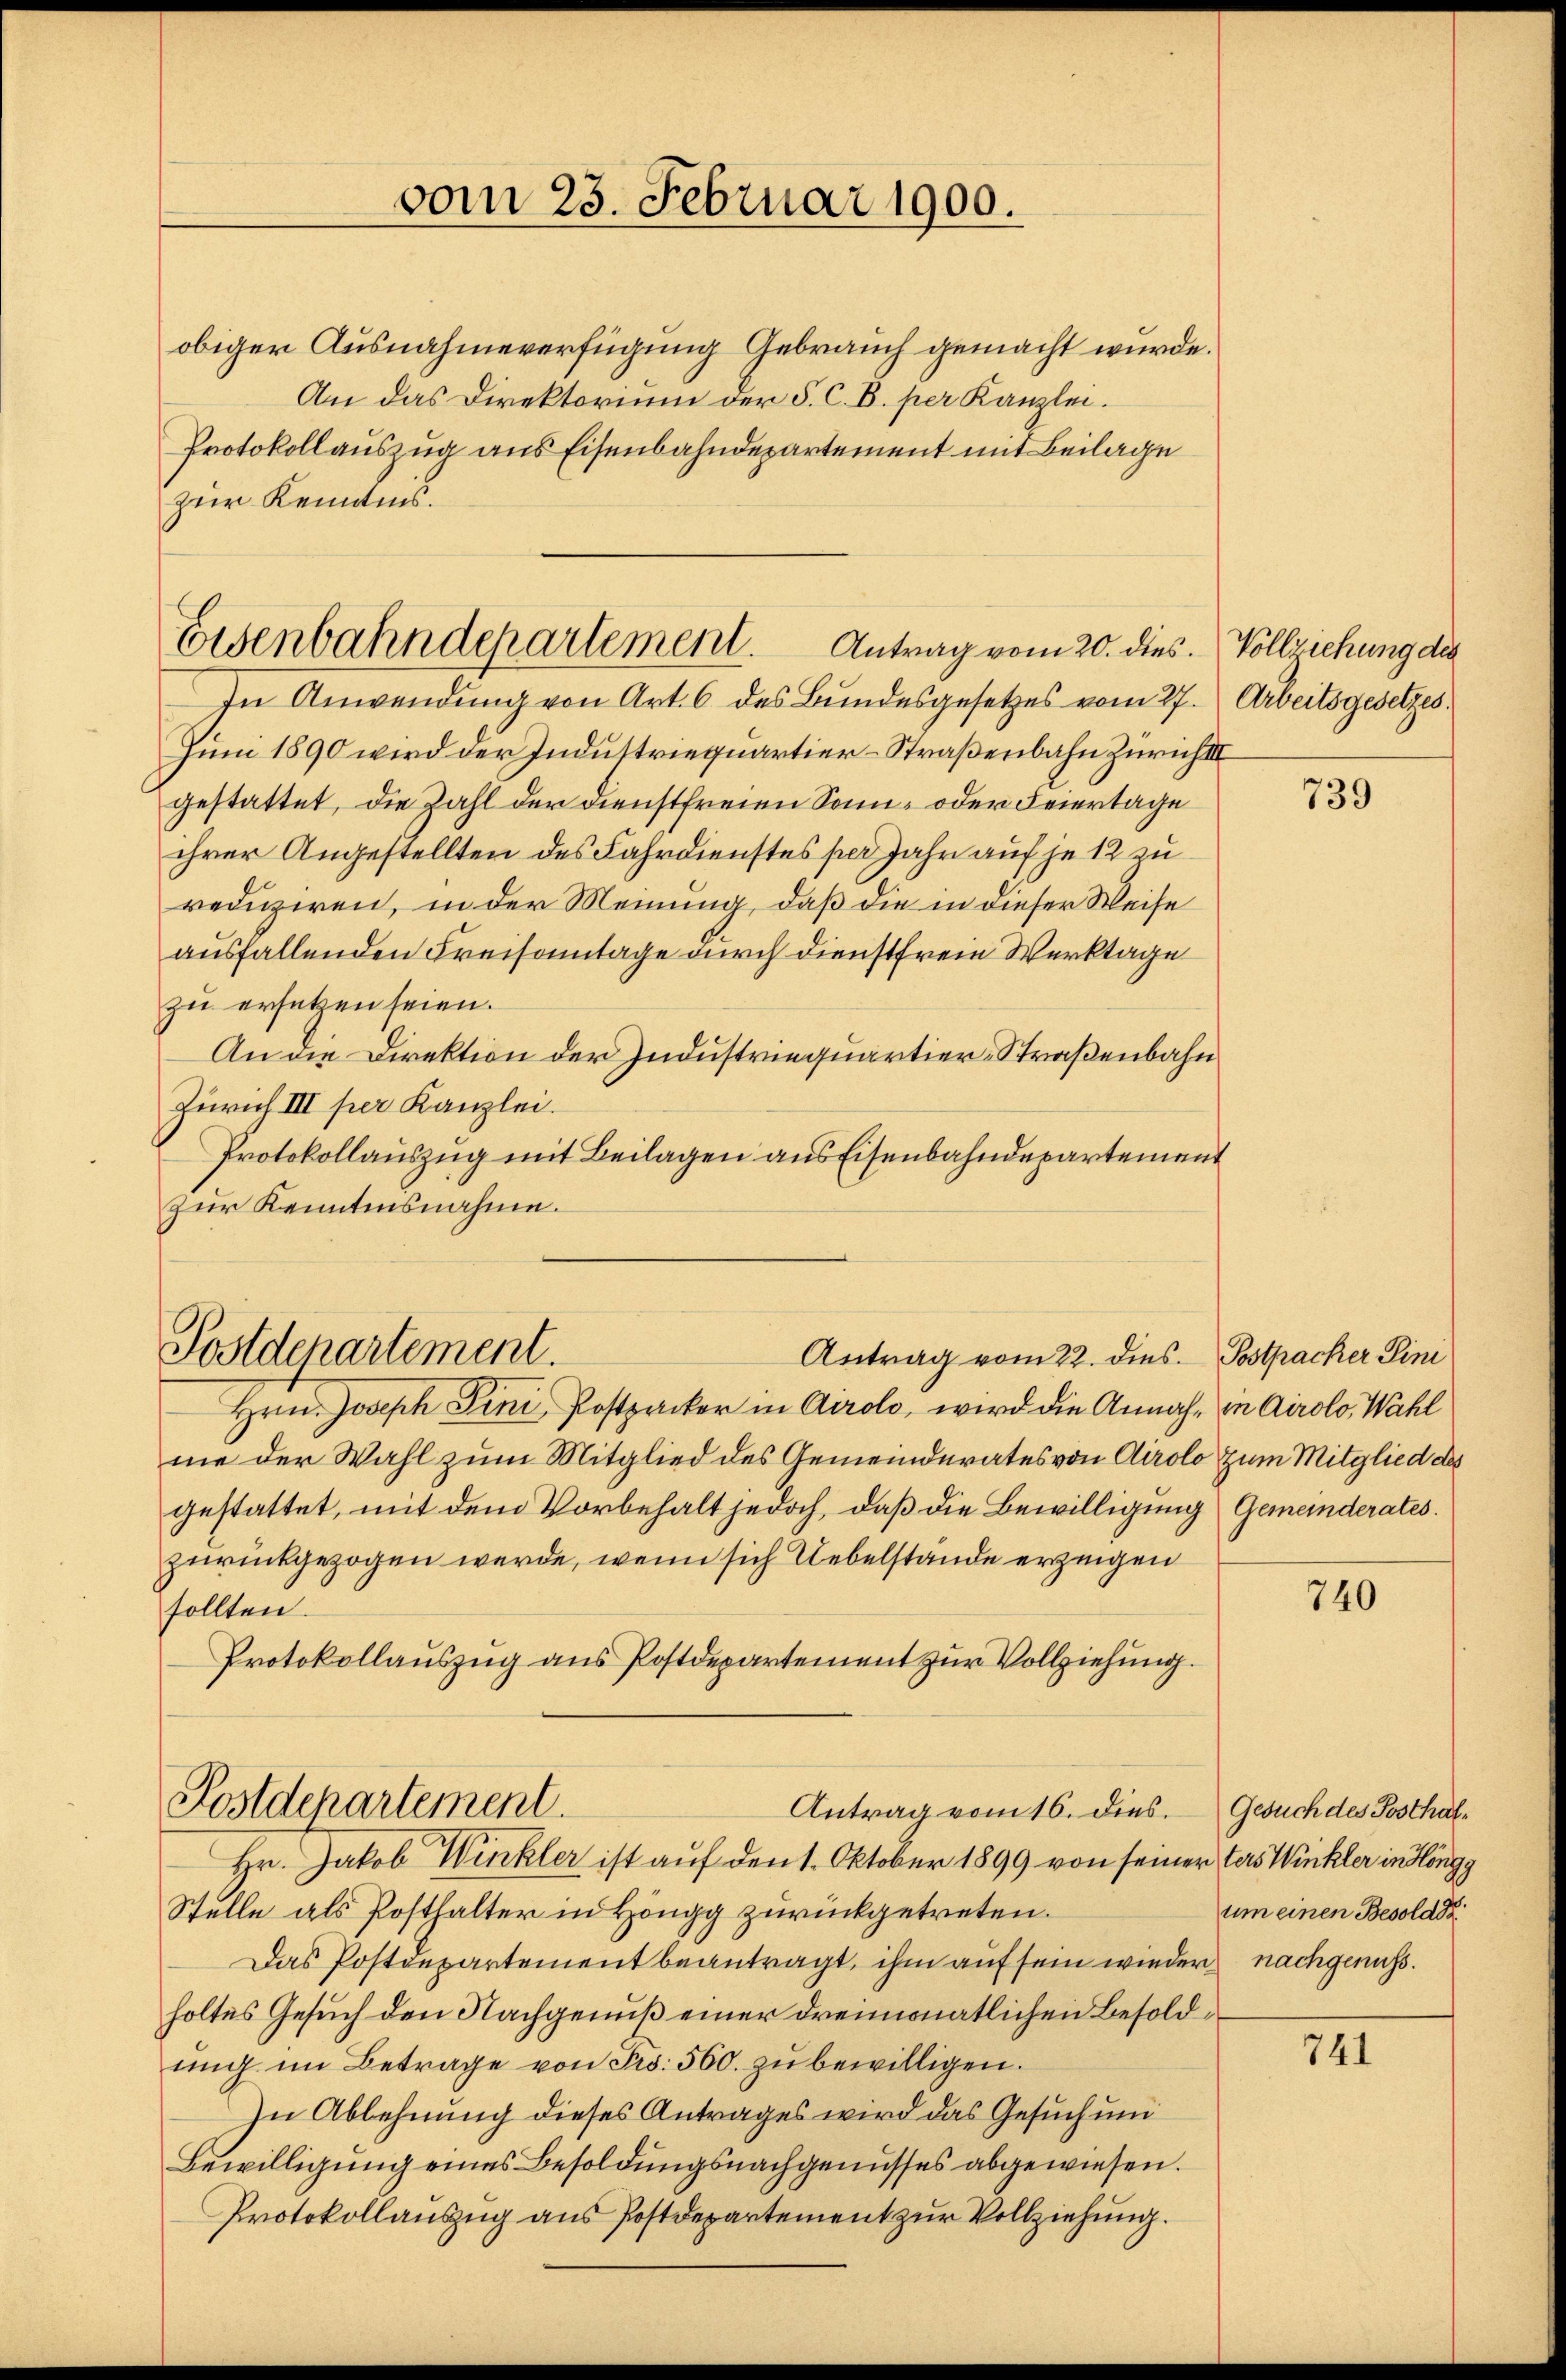
vom 23. Februar 1900.

obiger Ausnahmeverfügung Gebrauch gemacht wurde.
An das Direktorium der §. C. B. per Kanzlei.
Protokollauszug aus Eisenbahndepartement mit Beilage
zur Kenntnis.

In Anwendung von Art. 6 des Bundesgesetzes vom 27. Arbeitsgesetzes.
Juni 1890 wird der Industriequartier-Straßenbahn Zürich III
gestattet, die Zahl der Dienstfreien Sonn- oder Feiertage
ihrer Angestellten des Fahrdienstes per Jahr auf je 12 zu
reduziren, in der Meinung, daß die in dieser Weise
ausfallenden Freisonntage durch dienstfreie Werktage
zu ersetzen seien.
An die Direktion der Industriequartier-Straßenbahn
Zürich III per Kanzlei.
Protokollauszug mit Beilagen aus Eisenbahndepartement
zur Kenntnisnahme.

Eisenbahndepartement.
Antrag vom 20. dies. Vollziehung des

Postdepartement.
Antrag vom 22. dies. Postpacker Pini

Postdepartement.
Antrag vom 16. dies.

Hrn. Joseph Pini Postzacker in Airolo, wird die Annahe in Airolo, Wahl
me der Wahl zum Mitglied des Gemeinderates von Airolo zum Mitglied des
gestattet, mit dem Vorbehalt jedoch, daß die Bewilligung Gemeinderates.
zurückgezogen werde, wenn sich Uebelstande erzeigen
sollten.
Protokollauszug aus Postdepartement zur Vollziehung.

Hr. Jakob Winkler ist auf den 1. Oktober 1899 von seiner das Winkler in Höngg
Stelle als Posthalter in Höngg zurückgetreten.
Das Postdepartement beantragt, ihm auf sein wieder nachgenuss.
holtes Gesuch den Nachgenuß einer dreimonatlichen Besoldung im Betrage von Frs. 560. zu bewilligen.
In Ablehnung dieses Antrages wird das Gesuch und
Bewilligung eines Besoldungsnachgenusses abgewiesen.
Protokollauszug aus Postdepartement zur Vollziehung.

739

740

Gesuch des Posthalum einen Besoldd

741